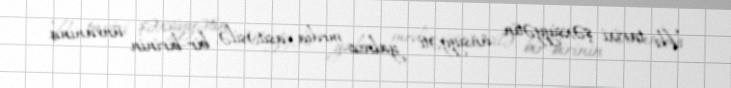
İki tarixi şəxsiyyətin ünsiyyəti yalnız media vasitəsilə, bir-birinin ünvanına